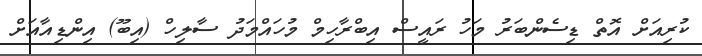
ކުރިއަށް އޮތް ޑިސެންބަރު މަހު ރައީސް އިބްރާހިމް މުހައްމަދު ސާލިހް (އިބޫ) އިންޑިއާއަށް